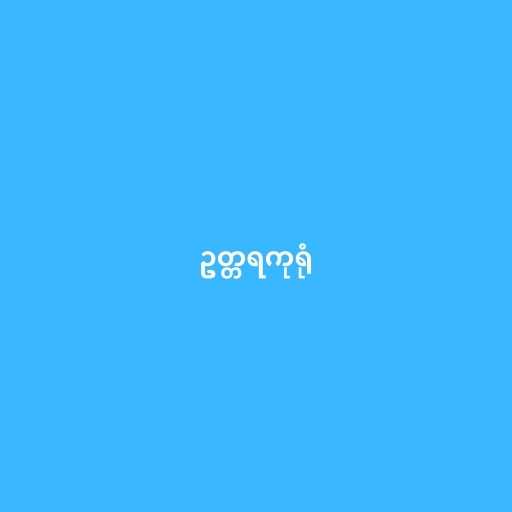
ဥတ္တရကုရုံ